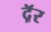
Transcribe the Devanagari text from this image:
दॅ़र